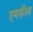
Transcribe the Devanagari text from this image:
एमफील्ड